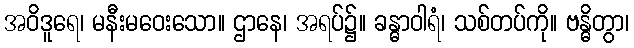
အဝိဒူရေ၊ မနီးမဝေးသော။ ဌာနေ၊ အရပ်၌။ ခန္ဓာဝါရံ၊ သစ်တပ်ကို။ ဗန္ဓိတွာ၊